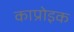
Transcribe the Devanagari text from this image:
काप्रोइक